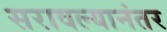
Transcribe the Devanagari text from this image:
सरावल्यानंतर